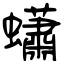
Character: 蠨